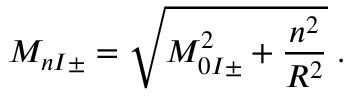
M _ { n I \pm } = \sqrt { M _ { 0 I \pm } ^ { 2 } + \frac { n ^ { 2 } } { R ^ { 2 } } } \; .